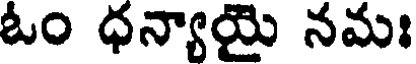
ఓం ధన్యాయై నమః